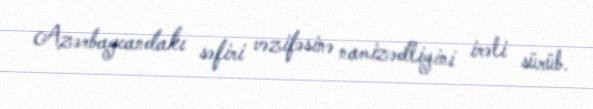
Azərbaycandakı səfiri vəzifəsinə namizədliyini irəli sürüb.